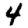
Digit: 4